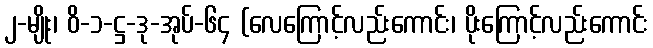
၂-မျိုး၊ ဝိ-၁-ဋ္ဌ-ဒု-အုပ်-၆၄ (လေကြောင့်လည်းကောင်း၊ ပိုးကြောင့်လည်းကောင်း